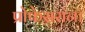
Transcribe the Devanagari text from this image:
प्रोफेसरांना